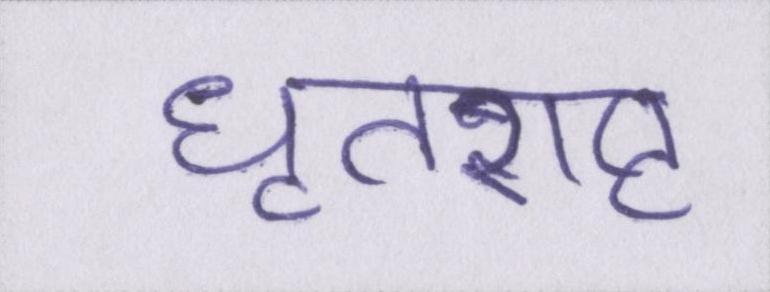
धृतराष्ट